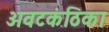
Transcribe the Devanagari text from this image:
अवटकंठिका